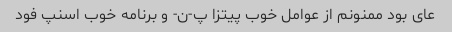
عای بود ممنونم از عوامل خوب پیتزا پ-ن- و برنامه خوب اسنپ فود